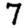
Digit: 7